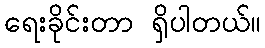
ရေးခိုင်းတာ ရှိပါတယ်။